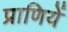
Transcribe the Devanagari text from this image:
प्राणियें